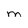
Character: M